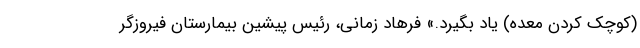
(کوچک کردن معده) یاد بگیرد.» فرهاد زمانی، رئیس پیشین بیمارستان فیروزگر